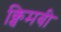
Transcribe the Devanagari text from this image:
क्विमबी